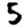
Digit: 5